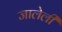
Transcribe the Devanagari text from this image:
जालेली